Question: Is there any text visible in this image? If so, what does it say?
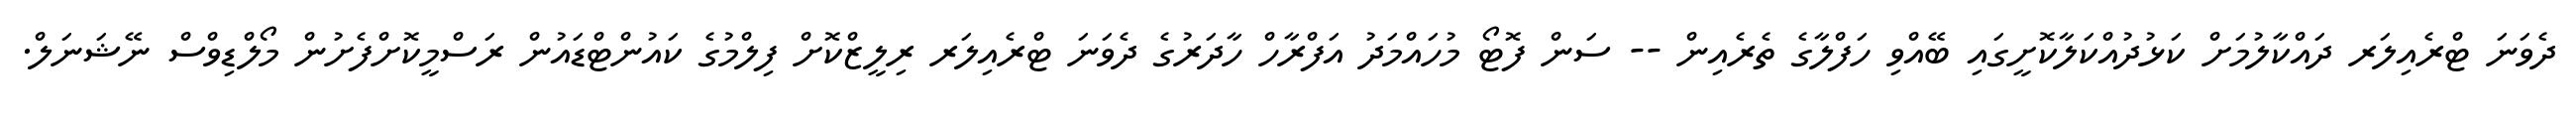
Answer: ދެވަނަ ޓްރެއިލަރ ދައްކާލުމަށް ކަޅުދުއްކަލާކޮށީގައި ބޭއްވި ހަފްލާގެ ތެރެއިން -- ސަން ފޮޓޯ މުހައްމަދު އަފްރާހް ހާދަރުގެ ދެވަނަ ޓްރެއިލަރ ރިލީޒްކޮށް ފިލްމުގެ ކައުންޓްޑައުން ރަސްމީކޮށްފެށުން މޯލްޑިވްސް ނޭޝަނަލް.